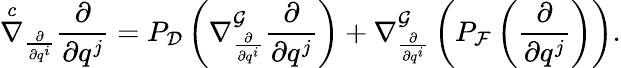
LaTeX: \overset{c}{\nabla}_{\frac{\partial}{\partial q^{i}}}\frac{\partial}{\partial q^{j}}=P_{\mathcal{D}}\left(\nabla_{\frac{\partial}{\partial q^{i}}}^{\mathcal{G}}\frac{\partial}{\partial q^{j}}\right)+\nabla_{\frac{\partial}{\partial q^{i}}}^{\mathcal{G}}\left(P_{\mathcal{F}}\left(\frac{\partial}{\partial q^{j}}\right)\right).